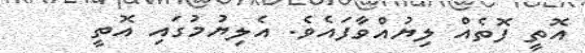
އޮތީ ފޮތެއް ލިޔުއްވާފައެވެ. އެލިޔުމުގައި އޮތީ